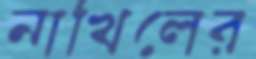
নাখিলের